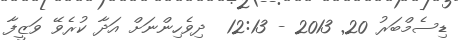
ޑިސެމްބަރު 20